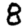
Digit: 8